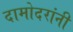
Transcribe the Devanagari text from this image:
दामोदरांनी